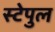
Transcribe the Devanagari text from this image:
स्टेपुल